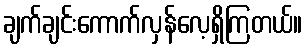
ချက်ချင်းကောက်လှန်လေ့ရှိကြတယ်။